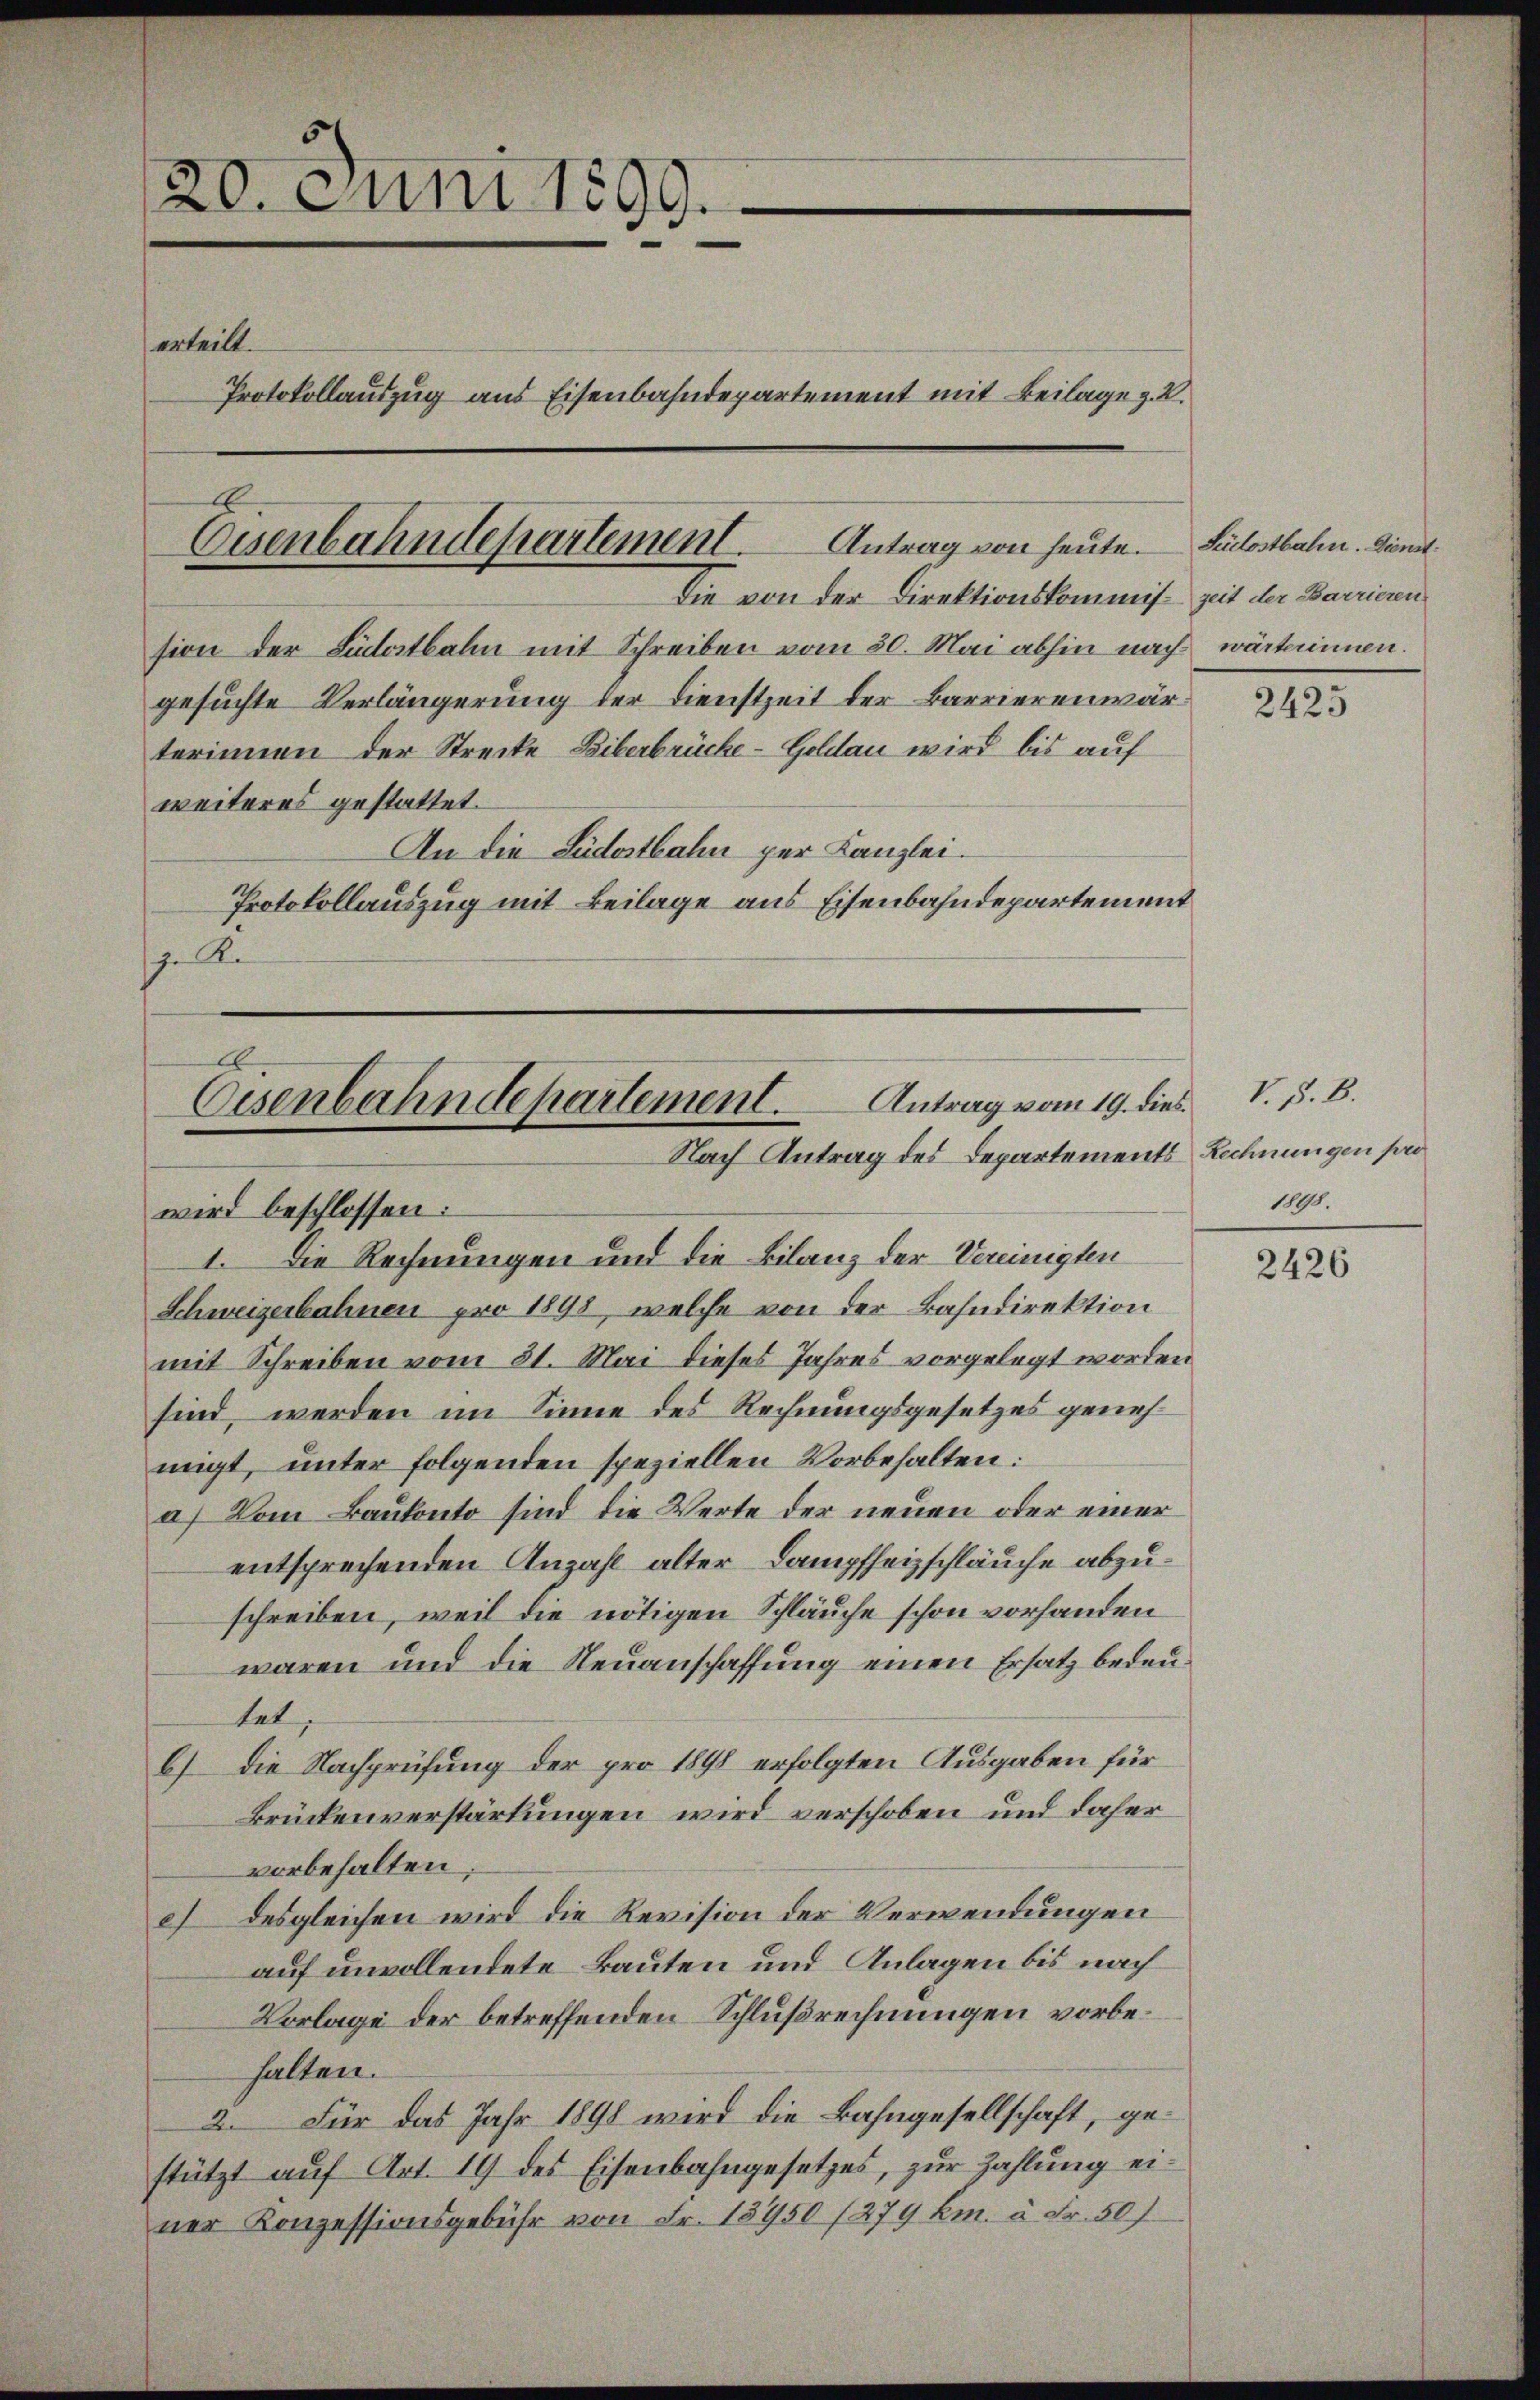
20. Juni 1899.
erteilt.
Protokollauszug aus Eisenbahndepartement mit Beilage z. B.

Eisenbahndepartement. Antrag von heute. Südostbahn. Dienst

Oesenbahndepartement. Antrag vom 19. dies V. P. B.
Nach Antrag des Departements Rechnungen pro
wird beschlossen:

Die von der Direktionskommis Zeit der Barrieren
sion der Südostbahn mit Schreiben vom 20. Mai abhin nach wärterinnen.
gesuchte Verlängerung der Dienstzeit der Barrierenwärterinnen der Strecke Liberbrücke-Geldau wird bis auf
weiteres gestattet.
An die Südostbahn per Kanzlei.
Protokollauszug mit Beilage aus Eisenbahndepartement
ze Re

1. Die Rechnungen und die Bilanz der Vereinigten
Schweizerbahnen pro 1898, welche von der Bahndirektion
mit Schreiben vom 31. Mai dieses Jahres vorgelegt worden
sind werden im Sinne des Rechnungsgesetzes genehmigt, unter folgenden speziellen Vorbehalten:
a) Vom Baukonto sind die Werte der neuen oder einer
entsprechenden Anzahl alter Dampfheizschläuche abzuschreiben, weil die nötigen Schläuche schon vorhanden
waren und die Neuanschaffung einen Ersatz bedeutet,
b.) Die Nachprüfung der pro 1898 erfolgten Ausgaben für
Brückenverstärkungen wird verschoben und daher
vorbehalten
c desgleichen wird die Revision der Verwendungen
auf unvollendete Bauten und Anlagen bis nach
Vorlage der betreffenden Schlußrechnungen vorbehalten.
2. Für das Jahr 1890 wird die Bahngesellschaft, gestützt aŭf Art. 19 des Eisenbahngesetzes, zŭr Zahlŭng ei-
ner Konzessionsgebühr von Fr. 13950 /279 km. à Fr. 507

2425

1898.

2426